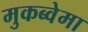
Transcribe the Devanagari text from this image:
मुकब्वेमा